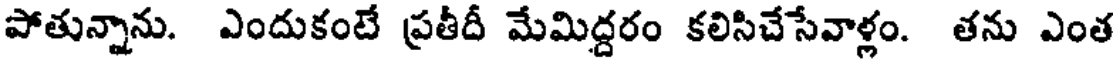
పోతున్నాను. ఎందుకంటే ప్రతీదీ మేమిద్దరం కలిసిచేసేవాళ్లం. తను ఎంత